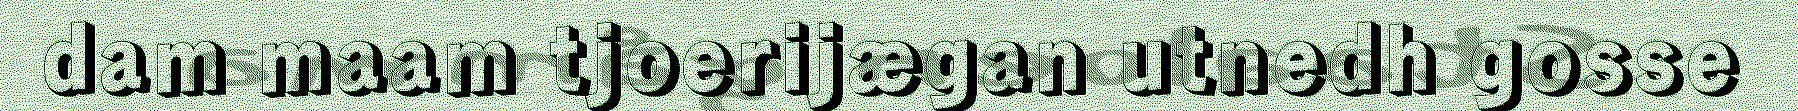
dam maam tjoerijægan utnedh gosse